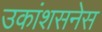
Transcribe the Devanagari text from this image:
उकांशसनेस